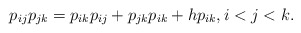
\begin{gather*} p_{ij} p_{jk} = p_{ik} p_{ij} + p_{jk} p_{ik} + h p_{ik}, i < j < k. \end{gather*}